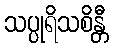
သပ္ပုရိသစိန္တီ